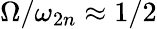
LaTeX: \Omega/\omega_{2n}\approx 1/2